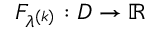
F _ { \lambda ^ { ( k ) } } : D \to \mathbb { R }